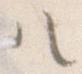
ハ